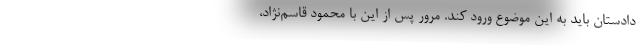
دادستان باید به این موضوع ورود کند. مرور پس از این با محمود قاسم‌نژاد،